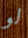
لو